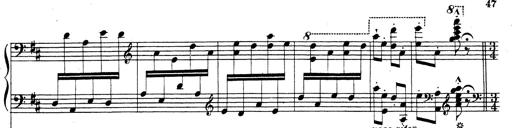
Title: Rhapsodie espagnole
Composer: Franz Liszt